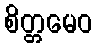
စိတ္တမေဝ